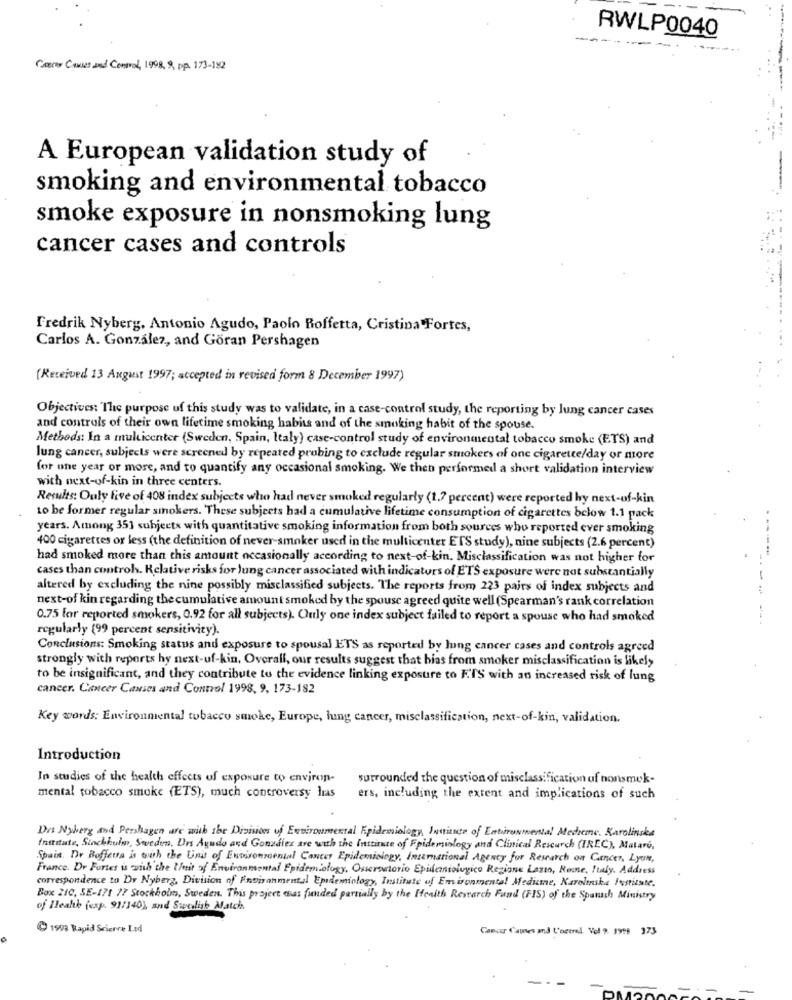
RWLP0040
--
---
Comes Causes and Control, 1998, 9, Pp. 173-182
A European validation study of
smoking and environmental tobacco
smoke exposure in nonsmoking lung
cancer cases and controls
Fredrik Nyberg, Antonio Agudo, Paolo Boffetta, Cristina Fortes,
Carlos A. González, and Göran Pershagen
(Received 13 August 1997; accepted in revised form 8 December 1997)
Objectives: The purpose of this study was to validate, in a case-control study, the reporting by lung cancer cases
and controls of their own lifetime smoking habits and of the smoking habit of the spouse.
Methods: In a multicenter (Sweden, Spain, Italy) case-control study of environmental tobacco smoke (ETS) and
lung cancer, subjects were screened by repeated probing to exclude regular smokers of one cigarette/day or more
for one year or more, and to quantify any occasional smoking. We then performed a short validation interview
with next-of-kin in three centers.
Results: Ouly five of 408 index subjects who had never smoked regularly (1.7 percent) were reported hy next-of-kin
to be former regular smokers. These subjects had a cumulative lifetime consumption of cigarettes below 1.1 pack
years. Among 351 subjects with quantitative smoking information from both sources who reported ever smoking
400 cigarettes or less (the definition of never-smoker used in the multicenter ETS study), nine subjects (2.6 percent)
had smoked more than this antount occasionally according to next-of-kin. Misclassification was not higher for
cases than controls. Relative risks for lung cancer associated with indicators of ETS exposure were not substantially
altered by excluding the nine possibly misclassified subjects. The reports from 223 pairs of index subjects and
---
next-of kin regarding the cumulative amount smoked by the spouse agreed quite well (Spearman's rank correlation
0.75 for reported smokers, 0.92 for all subjects). Ouly one index subject failed to report a spouse who had smoked
regularly (99 percent sensitivity).
Conclusions: Smoking status and exposure to spousal ETS as reported by lung cancer cases and controls agreed
strongly with reports hy next-uf-kin, Overall, our results suggest that bias from smoker misclassification is likely
to be insignificant, and they contribute to the evidence linking exposure to FTS with an increased risk of lung
cancer. Cancer Causes and Control 1998, 9, 173-182
Key words: Environmental tobacco smoke, Europe, lung cancer, misclassification, next-of-kin, validation.
Introduction
In studies of the health effects of exposure to environ-
surrounded the question of misclassification of nonsmek-
mental tobacco smoke (ETS), much controversy has
ers, including the extent and implications of such
Drs Nyberg and Pershagen are with the Dronsites of Environmental Epidemiology, Inquence of Estirowmental Mediene, Karolinska
Institute, Sinckhuhn, Sweden, Drs Agudo and Gonzalez are with the Instance of Epidemiology and Clinical Research (TREC), Mataro,
Spain. Dr Rofferta is with the Unit of Environmental Cancer Epidemiology, International Agency for Research on Cancer, Lyon,
France. Dr Fortes is with the Unit of Environmental Epidemiology, Osservatorio Epidemiologico Regione Lazio, Rome, Italy, Address
correspondence to Dr Nyberg, Division of Environmental Epidemiology, Institute of Environmental Medicine, Karolinska Fusiste.
Box 210, SE-171 77 Stockholm, Sweden. This project was funded partially by the Honith Research Fund (FIS) of the Spanach Ministry
of lleahb (exp. 91/140), and Swedish Match
1998 Rapid Scierre Lod
Cancer Causes and L'orerel. Vol %. 1998 373